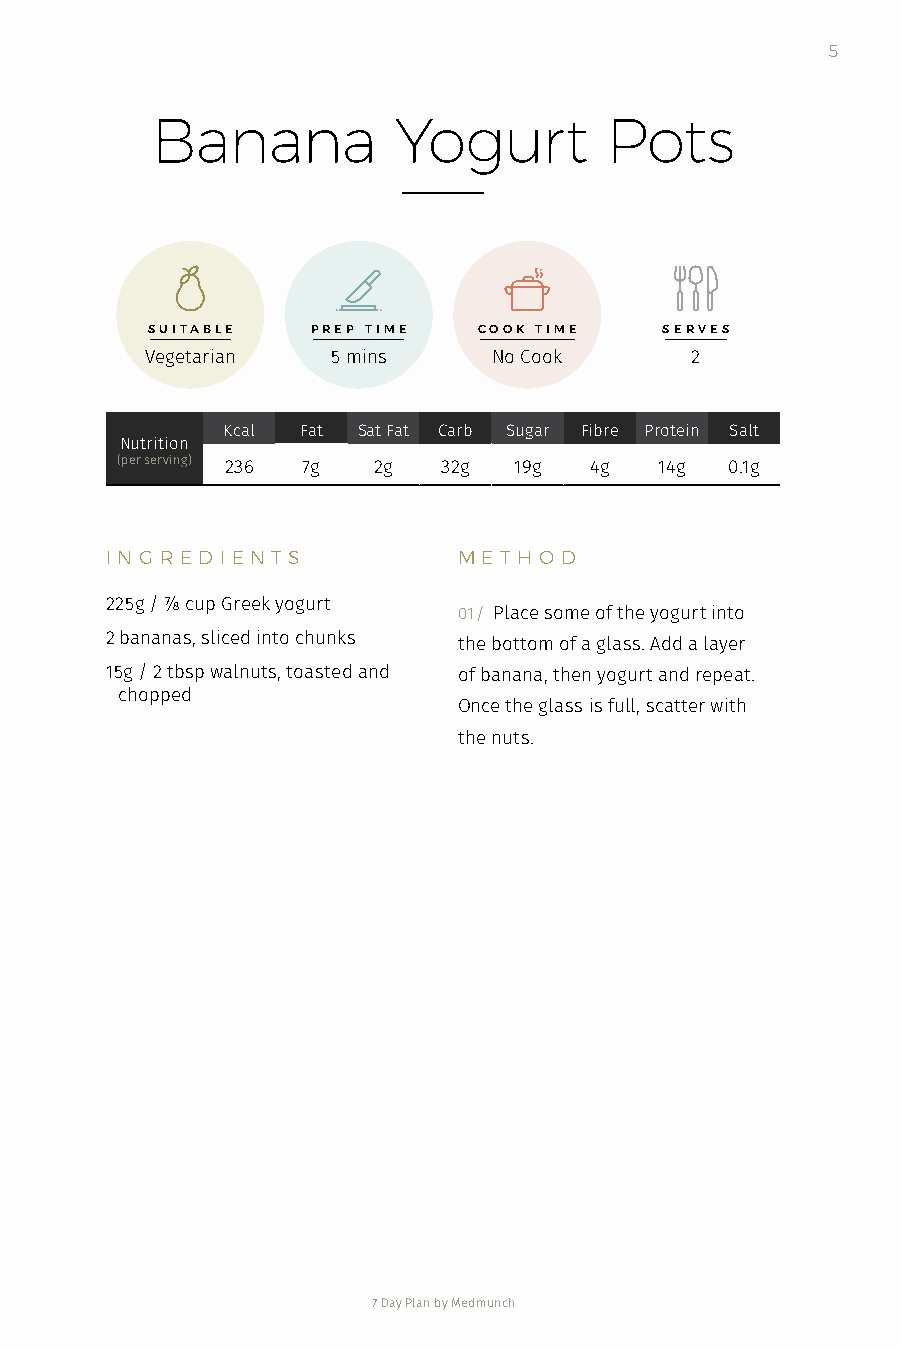
5
 Banana          Yogurt        Pots
 SUITABLE   PREP TIME  COOK TIME   SERVES
 Vegetarian  5 mins     No Cook      2
 Kcal Fat Sat Fat Carb Sugar Fibre Protein Salt
 Nutrition
 (per serving) 236 7g 2g 32g 19g 4g  14g 0.1g
 I N G R ED I EN T S    M E T H O D
 225g / ⅞ cup Greek yogurt
 01 / Place some of the yogurt into
 2 bananas, sliced into chunks the bottom of a glass. Add a layer
 15g / 2 tbsp walnuts, toasted and of banana, then yogurt and repeat.
 chopped
 Once the glass is full, scatter with
 the nuts.
 7 Day Plan by Medmunch